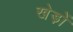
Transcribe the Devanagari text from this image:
खेड़ों